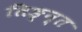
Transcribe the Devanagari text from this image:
तिङ्न्त